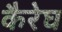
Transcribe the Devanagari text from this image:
कैरेघ